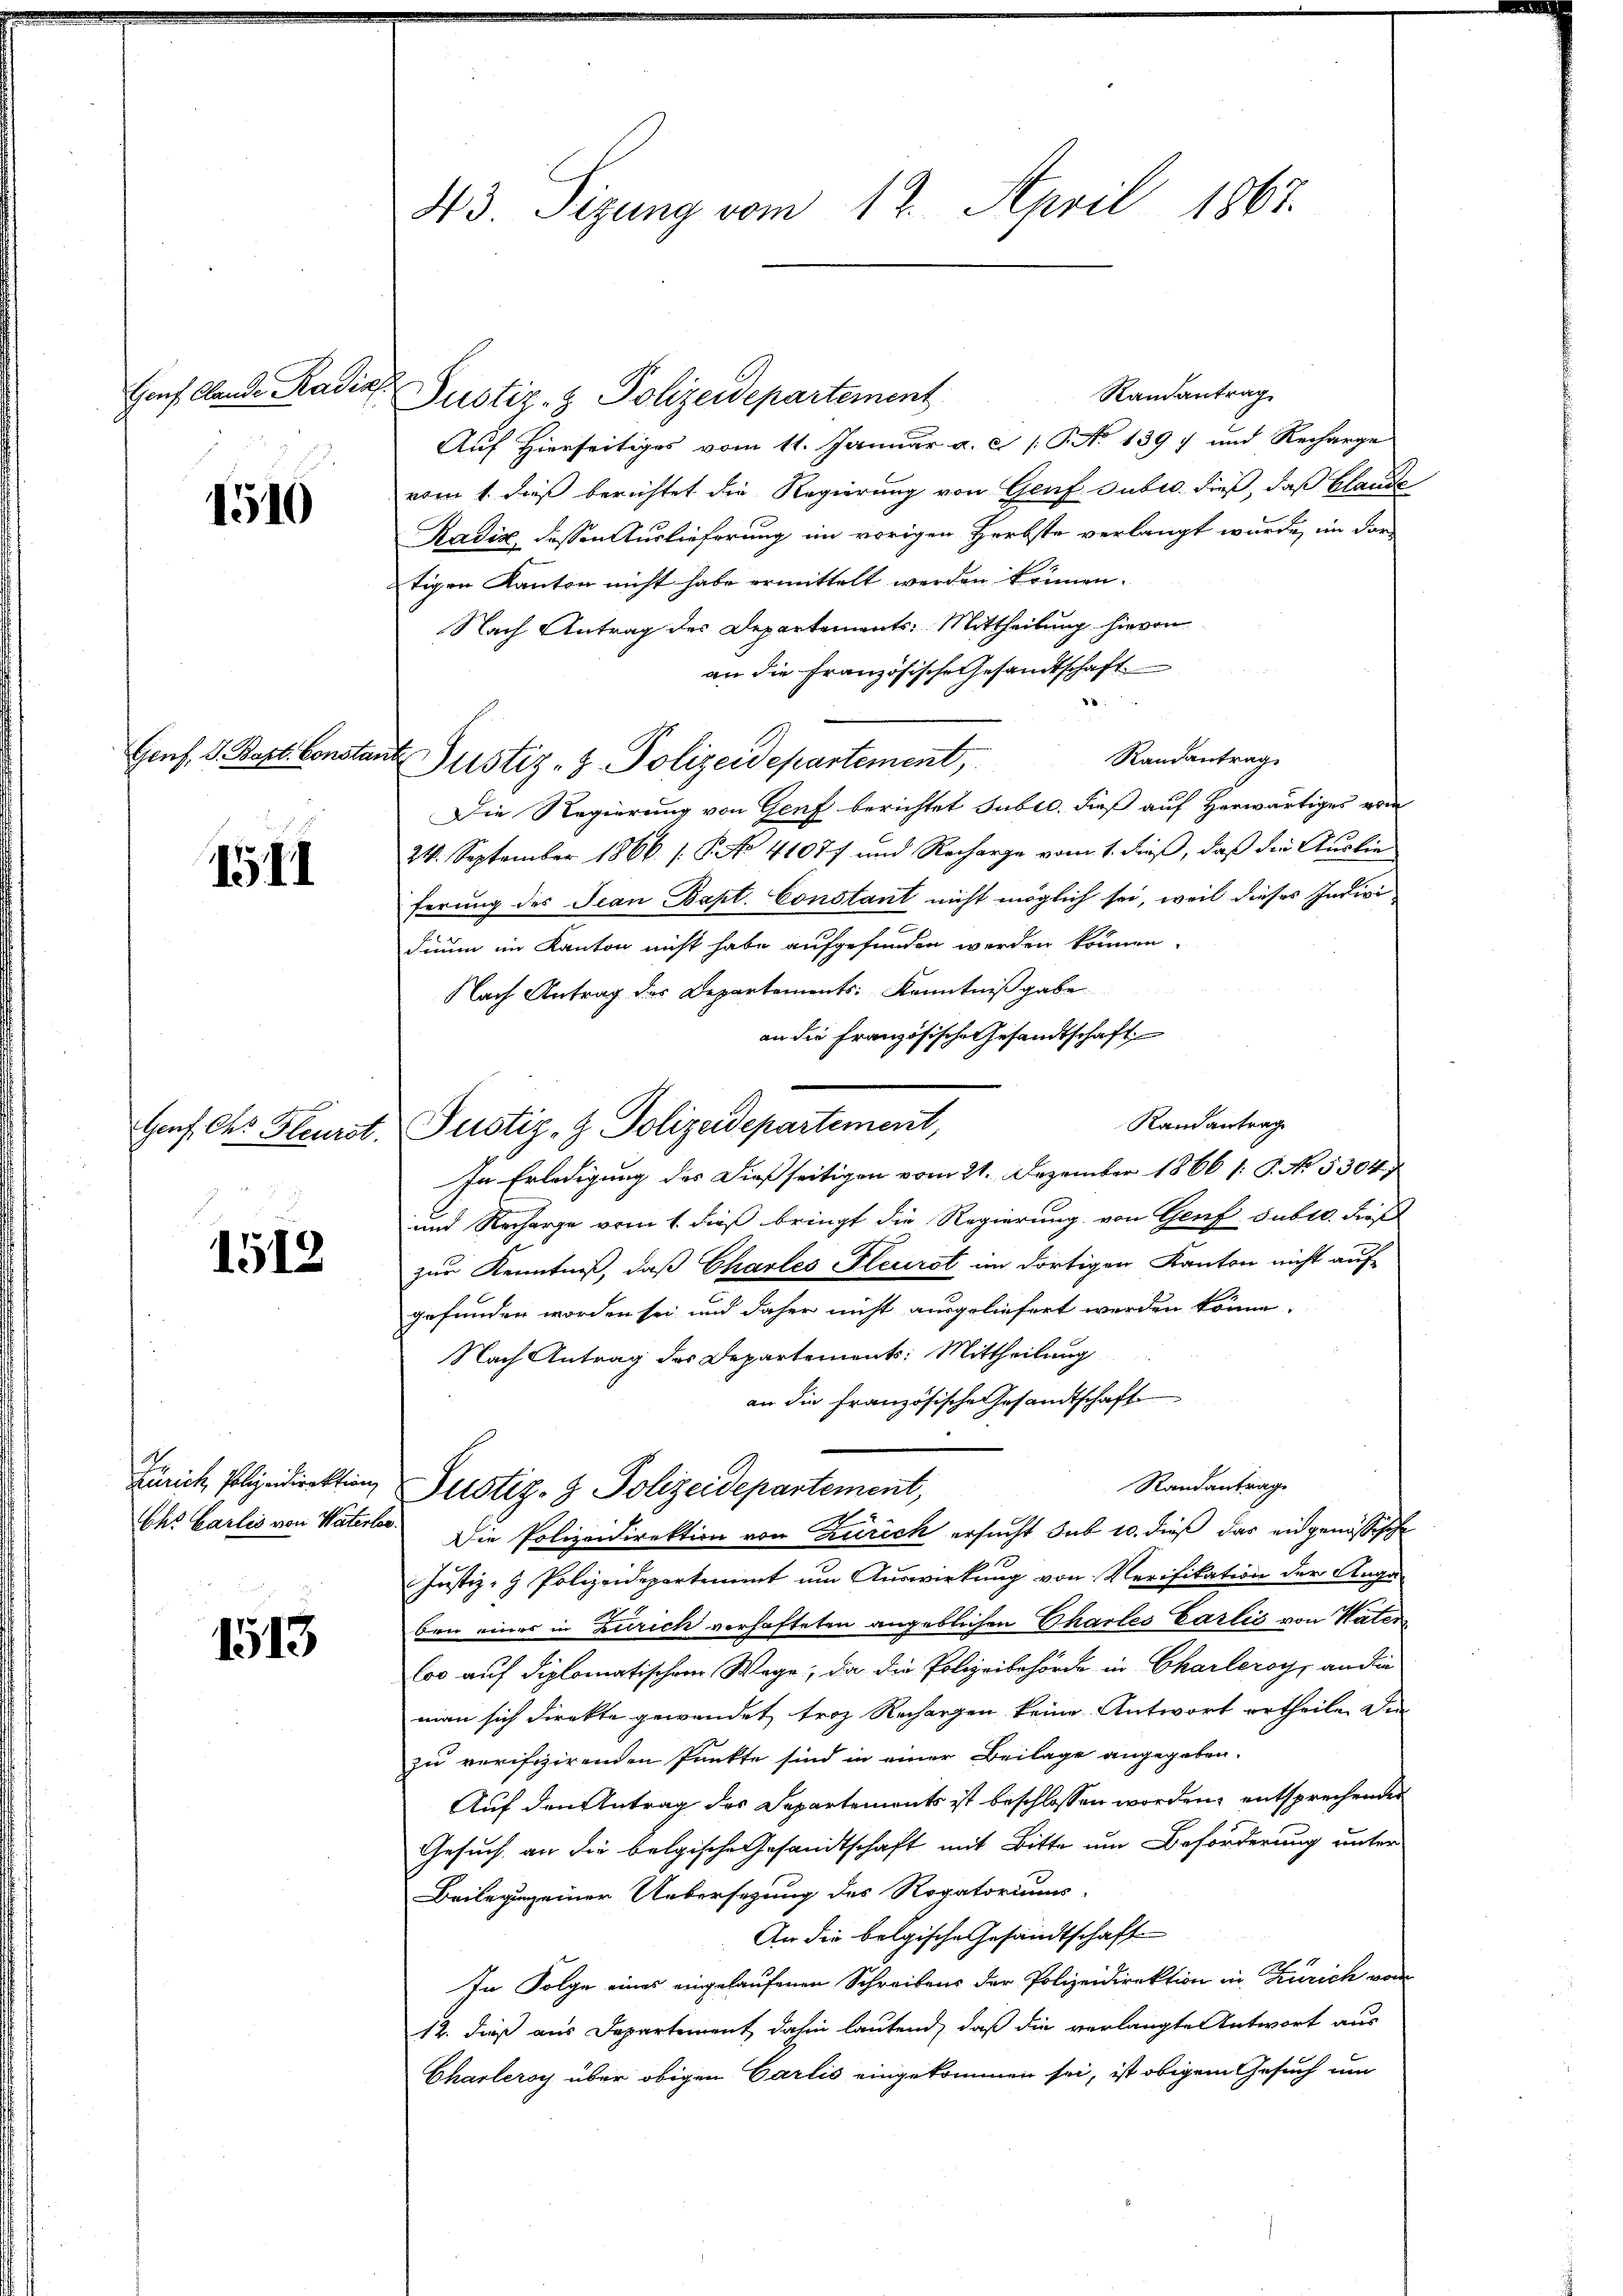
Hanf Clande Radia

1510

Genf. S. Bapt. Consta

1571

1512

1513

43. Sizung vom 12. April 1867.

.
Randantrag
Justiz- & Polizeidepartement
Auf Hierseitiges vom 11. Januar a. c. /: P. No 1397 und Recharge
vom 1. dieß berichtet die Regierung von Genf Gubić dieß, daß Claude
Radix dessen Auslieferung im vorigen Herbste verlangt wurde, im dortigen Kanton nicht habe ermittelt werden können.
Nach Antrag des Departements Mittheilung hievon
an die Französische Gesandtschaft
Randantrag
dl Justiz- & Polizeidepartement,
Die Regierung von Genf berichtet Subel, dieß auf Herwärtiges vom
24. September 1866 s. S. No 41077 und Recharge vom 1. dieß, daß die Auslieferung des Jean Bapt. Constant nicht möglich sei, weil dieses Indivi
dium im Kanton nicht habe aufgefunden werden können.
Nach Antrag des Departements Kenntnißgabe
an die französische Gesandtschaft
Randantrag
Hof des leurst, Justiz- & Polizeidepartement,
In Erledigung des dießseitigen vom 21. Dezember 1866 /: P. No. 5304
und Recharge vom 1. dieß bringt die Regierung von Genf subro dies
zur Kenntniß, daß Chartes Pleurst im dortigen Kanton nicht aufgefunden worden sei, und daher nicht ausgeliefert werden könne.
Nach Antrag des Departement: Mittheilung
an die französische Gesamtschaft
Randantrage
Zürich Polizeidirektion Justiz- & Polizeidepartement,
Chs Carlis von Vaterlor. Die Polizeidirektion von Zürich ersucht sub 20. dieß das eingenössische
Justiz- & Polizeidepartement um Auswirkung von Verifikation der Anga-
ben eines in Zürich verhafteten angeblichen Chartes Carlis von Vater
los auf diplomatischem Wege; da die Polizeibehörde in Charleroy, an die
man sich direkte gewendet froh Rechargen keine Antwort ertheilen die
zu verifizirenden Punkte sind in einer Beilage angegeben.
Auf den Antrag des Departements ist beschlossen worden, entsprechender
Gesuch an die belgische Gesandtschaft mit Bitte um Beförderung unter
Beilegung einer Uebersezung des Rogatoriums
An die belgische Gesandtschaft
In Folge eines eingelaufenen Schreibens der Polizeidirektion in Zürich von
12. dieß aus Departement dahin lautend, daß die verlangte Antwort aus
Charleroy über obigen Carlis eingekommen sei, ist obigem Gesuch um